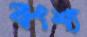
বংশ্য